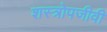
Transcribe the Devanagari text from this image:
शस्त्रोपजीवी